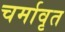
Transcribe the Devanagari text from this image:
चर्मावृत